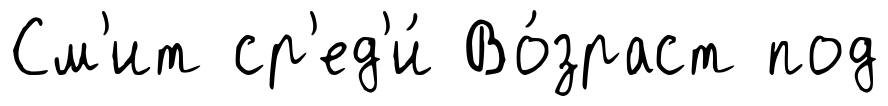
См'ит ср'ед'и́ Во́зраст под